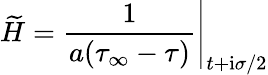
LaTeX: \left.\widetilde{H}=\frac{1}{a(\tau_{\infty}-\tau)}\right|_{t+\mathrm{i}\sigma/2}